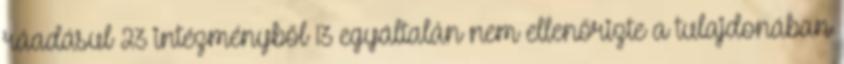
ráadásul 23 intézményből 13 egyáltalán nem ellenőrizte a tulajdonában